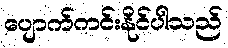
ပျောက်ကင်းနိုင်ပါသည်